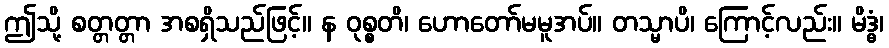
ဤသို့ စတ္တတ္တာ အစရှိသည်ဖြင့်။ န ဝုစ္စတိ၊ ဟောတော်မမူအပ်။ တသ္မာပိ၊ ကြောင့်လည်း။ မိဒ္ဓံ၊